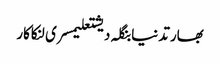
بھارتدنیابنگلہ دیشتعلیمسری لنکاکار